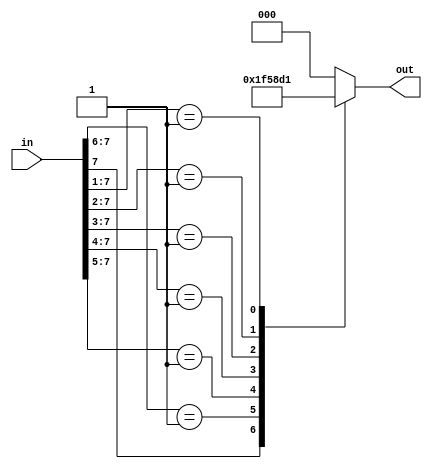
//////////////////////////////////////////////////////////////////////////////////
// Design: Priority Encoder
//////////////////////////////////////////////////////////////////////////////////
`timescale 1ns / 1ps

module priority_encoder(in, out);

    input  wire [7:0] in;
    output reg  [2:0] out;

    always @(*)
        begin
            casez (in)
                8'b1??????? : out = 3'h7;
                8'b01?????? : out = 3'h6;
                8'b001????? : out = 3'h5;
                8'b0001???? : out = 3'h4;
                8'b00001??? : out = 3'h3;
                8'b000001?? : out = 3'h2;
                8'b0000001? : out = 3'h1;
                8'b00000001 : out = 3'h0;
                default      : out = 3'h0;
            endcase
        end

endmodule